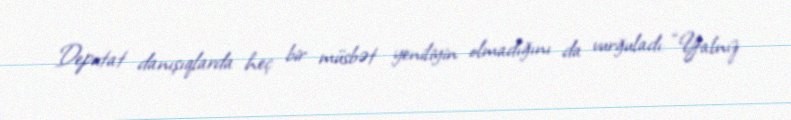
Deputat danışıqlarda heç bir müsbət yeniliyin olmadığını da vurğuladı: “Yalnız